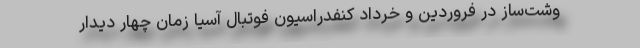
وشت‌ساز در فروردین و خرداد کنفدراسیون فوتبال آسیا زمان چهار دیدار